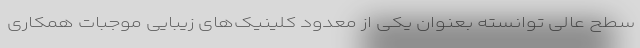
سطح عالی توانسته بعنوان یکی از معدود کلینیک‌های زیبایی موجبات همکاری